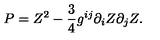
P = Z ^ { 2 } - { \frac { 3 } { 4 } } g ^ { i j } \partial _ { i } Z \partial _ { j } Z .